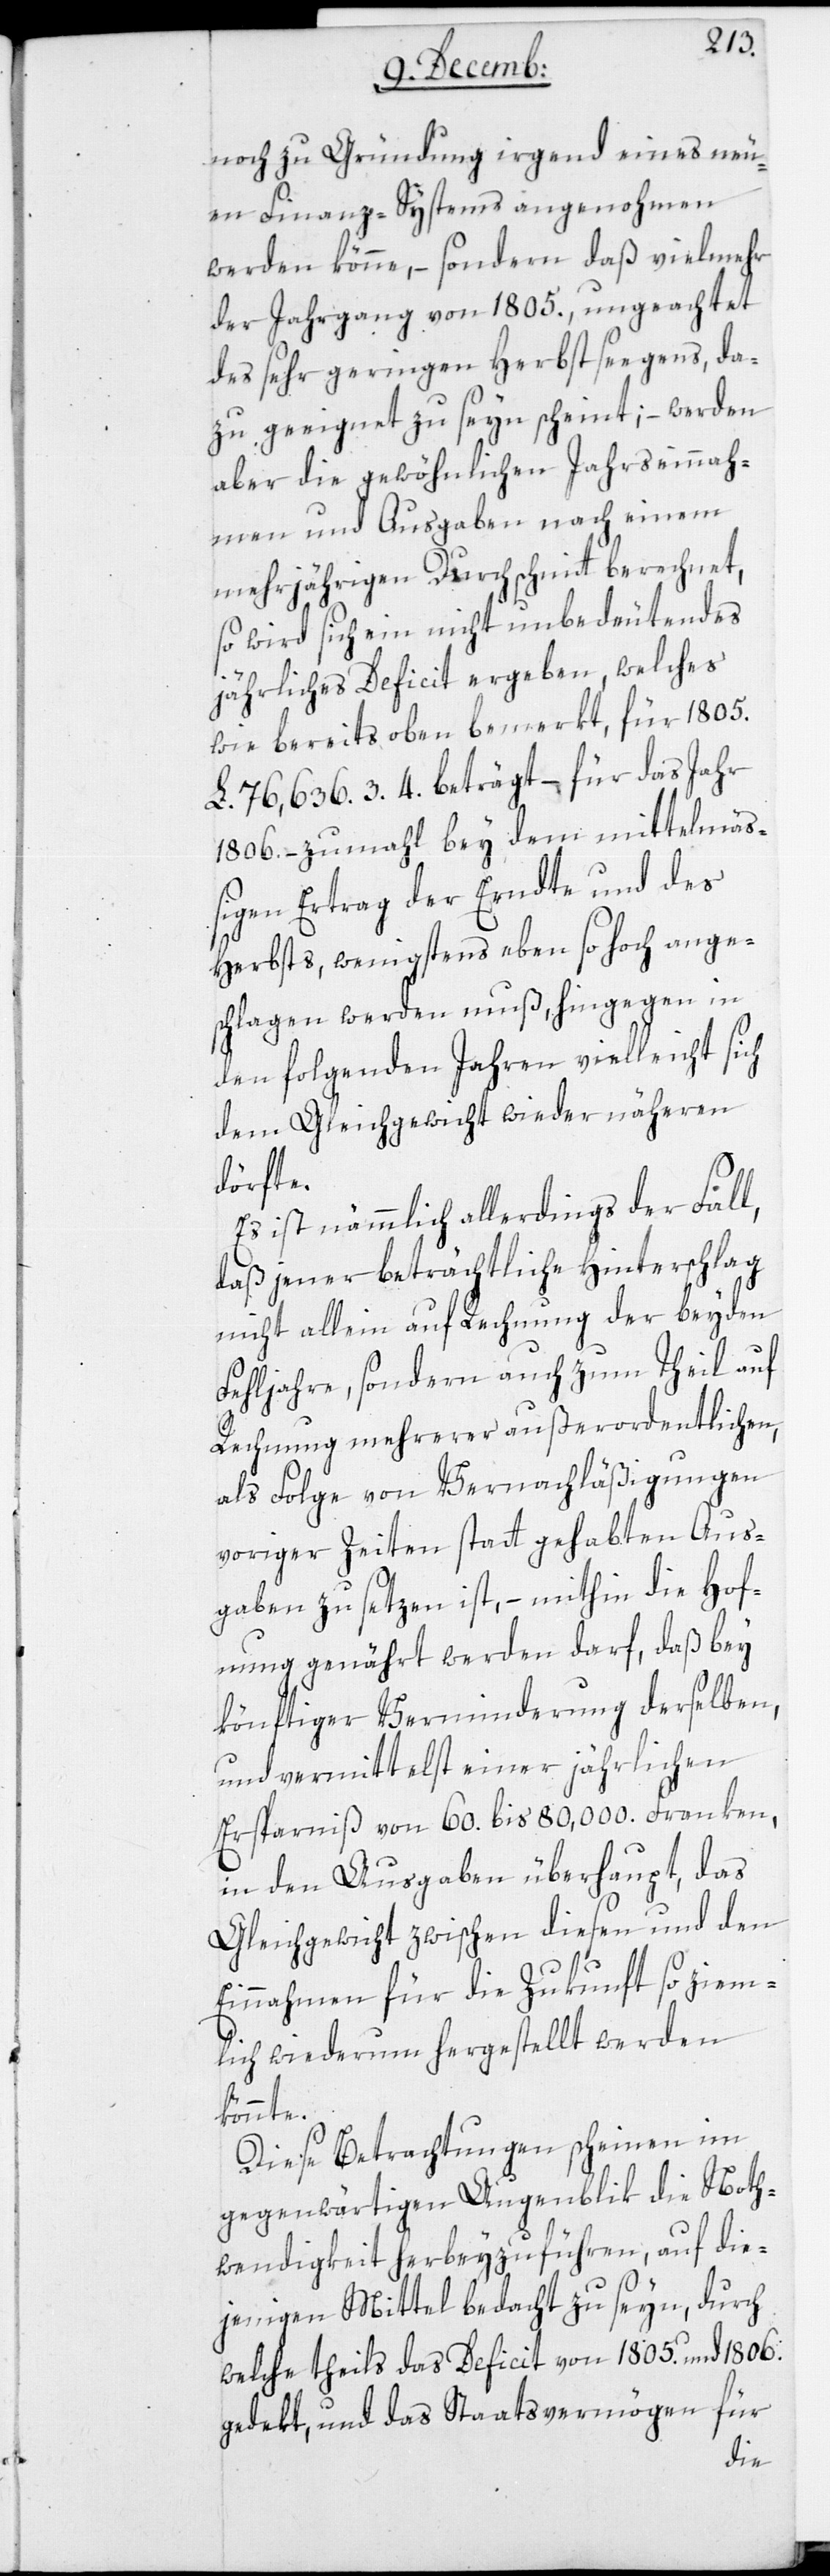
noch zu Gründung irgend eines neu¬
en Finanzsystems angenohmen
werden könne, – sondern daß vielmehr
der Jahrgang von 1805., ungeachtet
des sehr geringen Herbstsegens, da¬
zu geeignet zu seyn scheint; – werden
aber die gewöhnlichen Jahreseinnah¬
men und Ausgaben nach einem
mehrjährigen Durchschnitt berechnet,
so wird sich ein nicht unbedeutendes
jährliches Defizit ergeben, welches
wie bereits oben bemerkt, für 1805.
L. 76 636.3.4. beträgt, – für das Jahr
1806. – zumahl bey dem mittelmäß¬
igen Ertrag der Ernte und des
Herbsts, wenigstens eben so hoch ange¬
schlagen werden muß, hingegen in
den folgenden Jahren vielleicht sich
dem Gleichgewicht wieder näheren
dörfte.
Es ist nämmlich allderdings der Fall,
daß jener beträchtliche Hinterschlag
nicht allein auf Rechnung der beyden
Fehljahre, sondern auch zum Theil auf
Rechnung mehrerer außerordentlichen,
als Folge von Vernachläßigungen
voriger Zeiten statt gehabten Aus¬
gaben zu setzen ist, – mithin die Hof¬
nung genährt werden darf, daß bey
könftiger Verminderung derselben,
und vermittelst einer jährlichen
Ersparniß von 60. bis 80 000. Franken,
in den Ausgaben überhaupt, das
Gleichgewicht zwischen diesen und den
Einnahmen für die Zukunft so ziem¬
lich wiederum hergestellt werden
könnte.
Diese Betrachtungen scheinen im
gegenwärtigen Augenblik die Noth¬
wendigkeit herbeizuführen, auf die¬
jenigen Mittel bedacht zu seyn, durch
welche theils das Deficit von 1805. und 1806.
gedekt, und das Staatsvermögen für